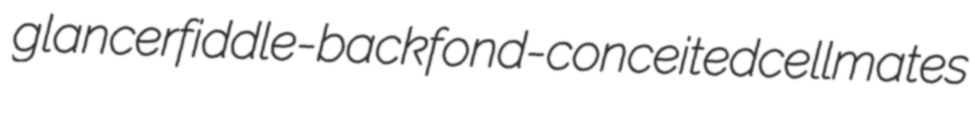
glancer fiddle-back fond-conceited cellmates